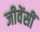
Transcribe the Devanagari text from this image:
जीवेंसीं